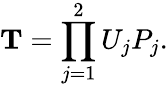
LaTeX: \mathbf{T}=\prod_{j=1}^{2}U_{j}P_{j}.